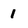
Character: 1